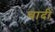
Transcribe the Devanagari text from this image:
चादीं